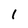
Character: l